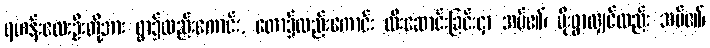
ရဟန်းလေးဦးတို့အား ရွာ၌လည်းကောင်း, တော၌လည်းကောင်း ထီးဆောင်းခြင်းငှာ အပ်၏၊ မိုးရွာလျှင်လည်း အပ်၏၊